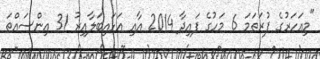
"މިއަހަރުގެ ފުރަތަމަ 6 މަހުގެ ފައިދާ 2014 އާއި އަޅައިބަލާއިރު 31 އިންސައްތަ